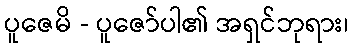
ပူဇေမိ - ပူဇော်ပါ၏ အရှင်ဘုရား၊